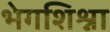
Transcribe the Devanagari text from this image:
भेगशिश्ना